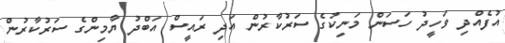
އުފެއްދި ވަހީދު ހަސަން މަނިކުގެ ސަރުކާރުން އަދި ރައީސް އަބްދު ޔާމިންގެ ސަރުކާރުން